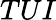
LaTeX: TUI